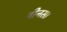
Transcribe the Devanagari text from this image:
वीनस।